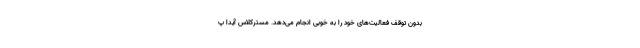
بدون توقف فعالیت‌های خود را به خوبی انجام می‌دهد. مسترکلاس آیدا پ